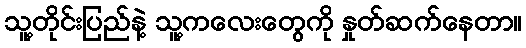
သူ့တိုင်းပြည်နဲ့ သူ့ကလေးတွေကို နှုတ်ဆက်နေတာ။